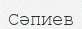
Сәпиев